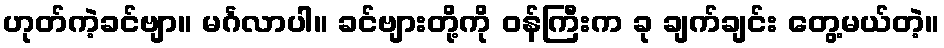
ဟုတ်ကဲ့ခင်ဗျာ။ မင်္ဂလာပါ။ ခင်ဗျားတို့ကို ဝန်ကြီးက ခု ချက်ချင်း တွေ့မယ်တဲ့။